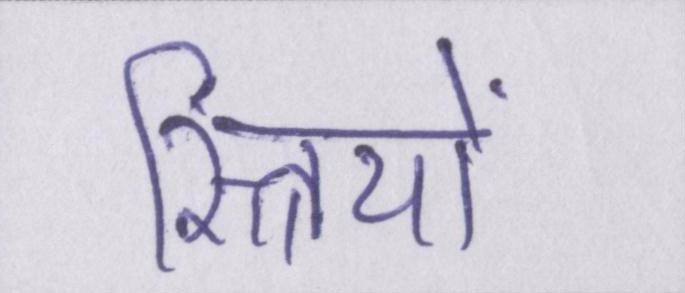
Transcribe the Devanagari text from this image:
स्त्रियों